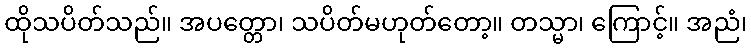
ထိုသပိတ်သည်။ အပတ္တော၊ သပိတ်မဟုတ်တော့။ တသ္မာ၊ ကြောင့်။ အညံ၊